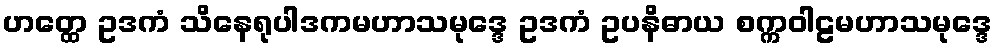
ဟတ္ထေ ဥဒကံ သိနေရုပါဒကမဟာသမုဒ္ဒေ ဥဒကံ ဥပနိဓာယ စက္ကဝါဠမဟာသမုဒ္ဒေ